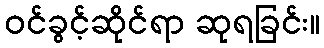
ဝင်ခွင့်ဆိုင်ရာ ဆုရခြင်း။